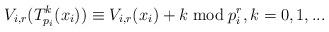
LaTeX: \begin{align*} V_{i,r}(T^k_{p_i}(x_i)) \equiv V_{i,r}(x_i) +k \; {\rm mod} \; p_{i}^{r}, k=0,1,...\end{align*}